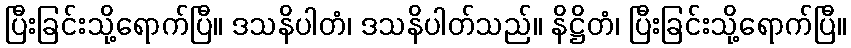
ပြီးခြင်းသို့ရောက်ပြီ။ ဒသနိပါတံ၊ ဒသနိပါတ်သည်။ နိဋ္ဌိတံ၊ ပြီးခြင်းသို့ရောက်ပြီ။